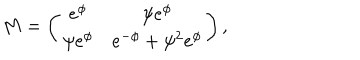
LaTeX: M = \left( \begin{array} { c c } { { e ^ { \phi } } } & { { \psi e ^ { \phi } } } \\ { { \psi e ^ { \phi } } } & { { e ^ { - \phi } + \psi ^ { 2 } e ^ { \phi } } } \\ \end{array} \right) ,